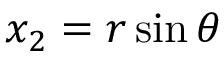
x _ { 2 } = r \sin \theta